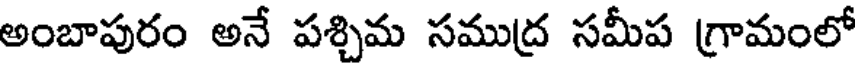
అంబాపురం అనే పశ్చిమ సముద్ర సమీప గ్రామంలో